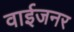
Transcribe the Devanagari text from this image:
वाईजनर